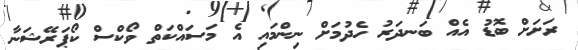
ރަށަށް ބޮޑު އެއް ބަނދަރު ހެދުމަށް ނިންމައި އެ މަސައްކަތް ވޯކްސް ކޯޕަރޭޝަނާ